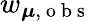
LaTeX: w_{\boldsymbol{\mu},\mathrm{~o~b~s~}}